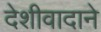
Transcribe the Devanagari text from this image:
देशीवादाने